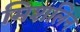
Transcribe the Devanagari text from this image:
मिशलिन